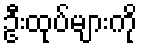
ဦးထုပ်များကို